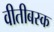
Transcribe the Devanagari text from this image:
वीतीबस्क